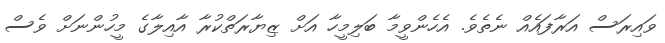
ވައިރަސް އަރާފައެއް ނެތެވެ. އެހެންވީމާ ބަލިމީހާ އަށް ޒިޔާރަތްކުރާ އާއިލާގެ މީހުންނަށް ވެސް